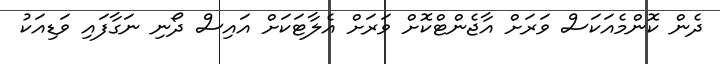
ދެން ކޮންމެއަކަސް ވަރަށް އާޖެންޓްކޮށް ވަރަށް އެލާޓަކަށް އައިސް ދޯނި ނަގާފައި ވަޑިއަކު